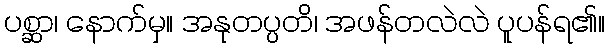
ပစ္ဆာ၊ နောက်မှ။ အနုတပ္ပတိ၊ အဖန်တလဲလဲ ပူပန်ရ၏။